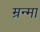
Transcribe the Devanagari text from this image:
म्रन्मा